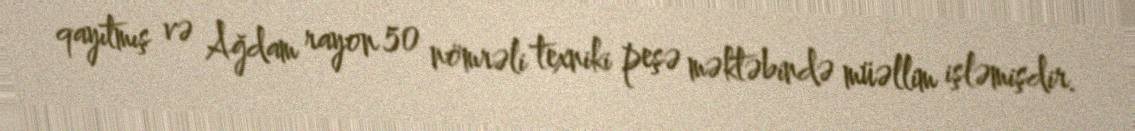
qayıtmış və Ağdam rayon 50 nömrəli texniki peşə məktəbində müəllim işləmişdir.